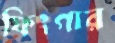
ফিংগার